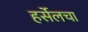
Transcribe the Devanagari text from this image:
हर्सेलचा